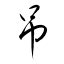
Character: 吊